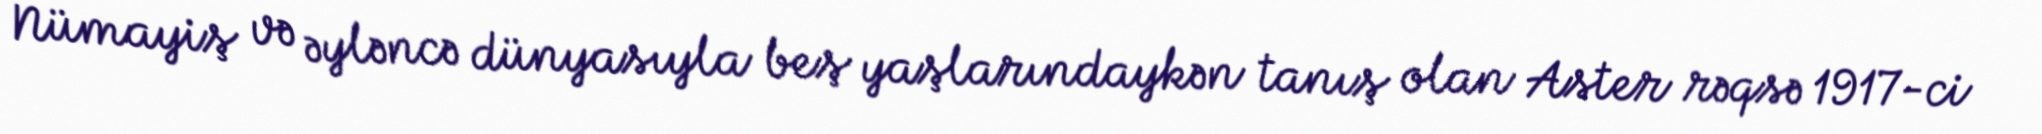
Nümayiş və əyləncə dünyasıyla beş yaşlarındaykən tanış olan Aster rəqsə 1917-ci